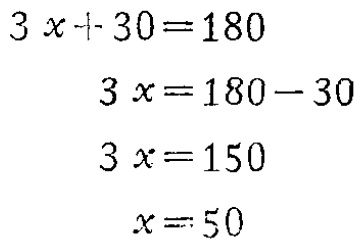
\[

\begin{align*}

3x + 30&=180\\

3x&=180 - 30\\

3x&=150\\

x&=50

\end{align*}

\]